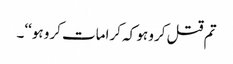
تم قتل کرو ہو کہ کرامات کرو ہو‘‘۔